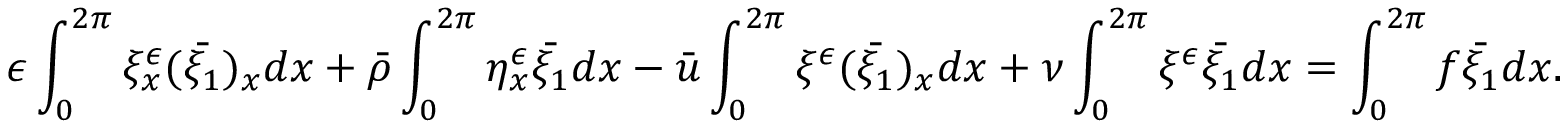
\epsilon \int _ { 0 } ^ { 2 \pi } \xi _ { x } ^ { \epsilon } ( \bar { \xi _ { 1 } } ) _ { x } d x + \bar { \rho } \int _ { 0 } ^ { 2 \pi } \eta _ { x } ^ { \epsilon } \bar { \xi _ { 1 } } d x - \bar { u } \int _ { 0 } ^ { 2 \pi } \xi ^ { \epsilon } ( \bar { \xi _ { 1 } } ) _ { x } d x + \nu \int _ { 0 } ^ { 2 \pi } \xi ^ { \epsilon } \bar { \xi _ { 1 } } d x = \int _ { 0 } ^ { 2 \pi } f \bar { \xi _ { 1 } } d x .